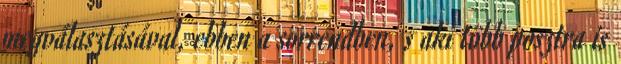
megválasztásával, ebben a sorrendben, s aki több posztra is